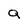
Character: Q